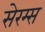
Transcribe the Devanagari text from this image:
सेरम्स